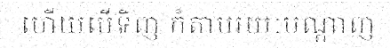
ហើយបើទិញ ក៏តាមរយៈបណ្តាញ